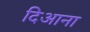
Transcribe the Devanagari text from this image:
दिआना